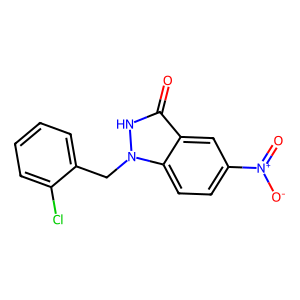
SMILES: O=c1[nH]n(Cc2ccccc2Cl)c2ccc([N+](=O)[O-])cc12
Inhibits HIV replication: No